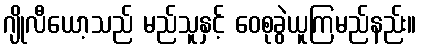
ဂျိုလီယော့သည် မည်သူနှင့် ဝေစုခွဲယူကြမည်နည်း။